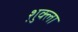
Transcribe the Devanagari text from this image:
श़ुक्ला